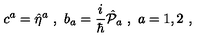
c ^ { a } = \hat { \eta } ^ { a } \ , \ b _ { a } = \frac { i } { \hbar } \hat { { \cal P } } _ { a } \ , \ a = 1 , 2 \ ,